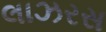
લાઝરસ